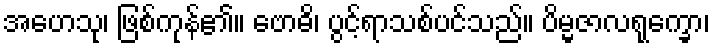
အဟေသု၊ ဖြစ်ကုန်၏။ ဗောဓိ၊ ပွင့်ရာသစ်ပင်သည်။ ပိမ္မဇာလရုက္ခော၊